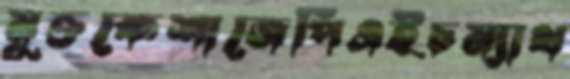
মুক্তকেশাজেপিএইচম্যাথ